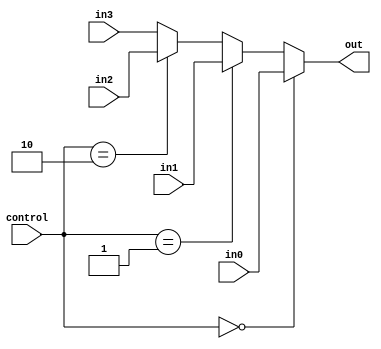
module Mux_Iord(
    input wire [31:0] in0,
    input wire  [31:0] in1,
    input wire  [31:0] in2,
    input wire  [31:0] in3,
    input wire  [1:0] control,
    output wire [31:0] out
    );

    assign out = (control == 2'b00) ? in0:
                 (control == 2'b01) ? in1:
                 (control == 2'b10) ? in2:
                 in3;
                 
endmodule